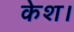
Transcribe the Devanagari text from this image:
केश।